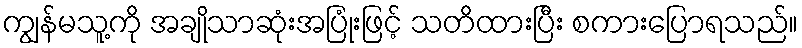
ကျွန်မသူ့ကို အချိုသာဆုံးအပြုံးဖြင့် သတိထားပြီး စကားပြောရသည်။